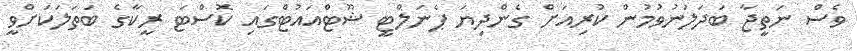
ވެސް ނަތީޖާ ބަދަލުނުވުމުން ކުރިއަށް ގެންދިޔަ ޕެނަލްޓީ ޝޫޓްއައުޓްގައި ކޮސްޓަ ރީކާގެ ބަތަލަކަށްވީ